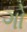
ગો